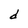
Character: d